Lunatic asylums in Bengal annual reports 1912-1924 - 1912-1924
Year: 1912
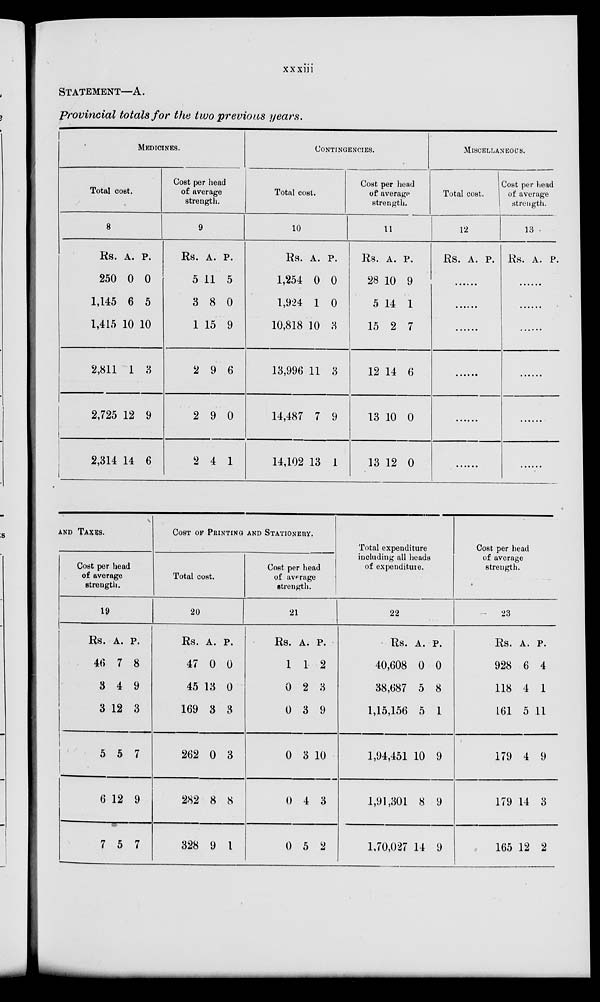
xxxiii
STATEMENT—A.
Provincial totals for the two previous years.
MEDICINES.
Total cost.
8
Rs.
250
1,145
1,415
2,811
2,725
2,314
A.
0
6
10
1
12
14
P.
0
5
10
3
9
6
Cost per head
of average
strength.
9
Rs.
5
3
1
2
2
2
A.
11
8
15
9
9
4
P.
5
0
9
6
0
1
CONTINGENCIES.
Total cost.
10
Rs.
1,254
1,924
10,818
13,996
14,487
14,102
A.
0
1
10
11
7
13
P.
0
0
3
3
9
1
Cost per head
of average
strength.
11
Rs.
28
5
15
12
13
13
A.
10
14
2
14
10
12
P.
9
1
7
6
0
0
MISCELLANEOUS.
Total cost.
12
Rs. A. P.
......
......
......
......
......
......
Cost per head
of average
strength.
13
Rs. A. P.
......
......
......
......
......
......
AND TAXES.
Cost per head
of average
strength.
19
Rs.
46
3
3
5
6
7
A.
7
4
12
5
12
5
P.
8
9
3
7
9
7
COST OF PRINTING AND STATIONERY.
Total cost.
20
Rs.
47
45
169
262
282
328
A.
0
13
3
0
8
9
P.
0
0
3
3
8
1
Cost per head
of average
strength.
21
Rs.
1
0
0
0
0
0
A.
1
2
3
3
4
5
P.
2
3
9
10
3
2
Total expenditure
including all heads
of expenditure.
22
Rs.
40,608
38,687
1,15,156
1,94,451
1,91,301
1,70,027
A.
0
5
5
10
8
14
P.
0
8
1
9
9
9
Cost per head
of average
strength.
23
Rs.
928
118
161
179
179
165
A.
6
4
5
4
14
12
P.
4
1
11
9
3
2